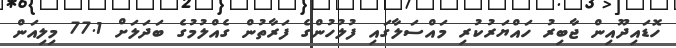
ހޮޑައިދޫއިން ޖާބިރު ހައްޔަރުކުރި މައްސަލާގައި ފުލުހުންގެ ފަރާތުން ގެއްލުމުގެ ބަދަލަށް 77.1 މިލިއަން